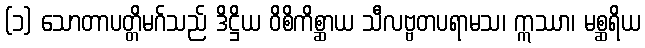
(၁) သောတာပတ္တိမဂ်သည် ဒိဋ္ဌိယ ဝိစိကိစ္ဆာယ သီလဗ္ဗတပရာမသ၊ ဣဿာ၊ မစ္ဆရိယ